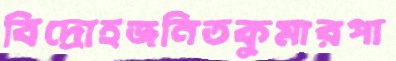
বিদ্রোহজনিতকুমারপা